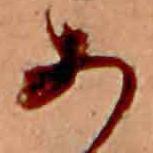
あ